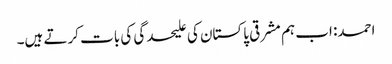
احمد: اب ہم مشرقی پاکستان کی علیحدگی کی بات کرتے ہیں۔